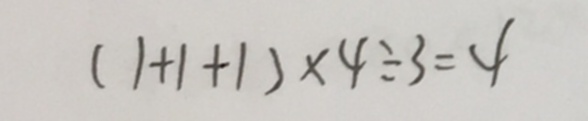
( 1 + 1 + 1 ) \times 4 \div 3 = 4